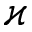
\varkappa